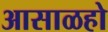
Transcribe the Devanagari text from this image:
आसाळहो